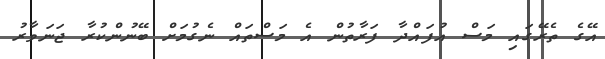
އޭގެ ތެރޭގައި މަސް އުފައްދާ ފަރާތުން އެ މަސްތައް ނެގުމަށް ބޭނުންކުރާ ޖަނަވާރު